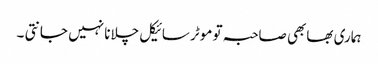
ہماری بھابھی صاحبہ تو موٹر سائیکل چلانا نہیں جانتی ۔